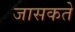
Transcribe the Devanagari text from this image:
जासकते